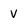
Character: V